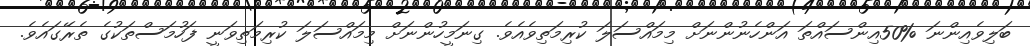
ބަލިވެއިންނަ %50އިންސައްތަ އަންހެނުންނަށް މިމައްސަލަ ކުރިމަތިވެއެވެ. ގިނަމީހުންނަށް މިމައްސަލަ ކުރިމަތިވަނީ ފަހުމަސްތަކުގެ ތެރޭގައެވެ.